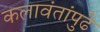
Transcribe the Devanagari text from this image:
कलावंतांपुढे